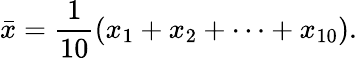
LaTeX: {\bar{x}}={\frac{1}{10}}(x_{1}+x_{2}+\cdots+x_{10}).